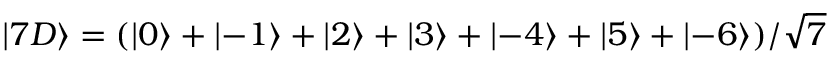
\left\lvert 7 D \right\rangle = ( \left\lvert 0 \right\rangle + \left\lvert - 1 \right\rangle + \left\lvert 2 \right\rangle + \left\lvert 3 \right\rangle + \left\lvert - 4 \right\rangle + \left\lvert 5 \right\rangle + \left\lvert - 6 \right\rangle ) / \sqrt { 7 }